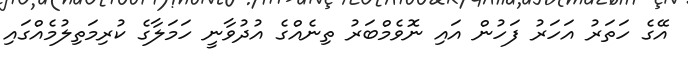
އޭގެ ހަތަރު އަހަރު ފަހުން އައި ނޮވެމްބަރު ތިނެއްގެ އުދުވާނީ ހަމަލާގެ ކުރިމަތިލުމެއްގައި